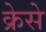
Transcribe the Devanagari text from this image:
क्रेसे